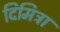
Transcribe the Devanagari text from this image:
दिमित्रा